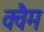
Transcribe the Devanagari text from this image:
क्वैम